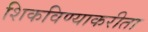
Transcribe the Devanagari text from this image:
शिकविण्याकरीता